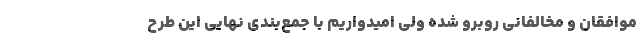
موافقان و مخالفانی روبرو شده ولی امیدواریم با جمع‌بندی نهایی این طرح